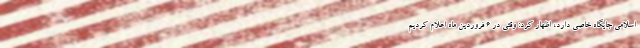
اسلامی جایگاه خاصی دارد، اظهار کرد: وقتی در ۶ فروردین ماه اعلام کردیم